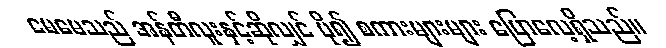
မေမေသည် အန်တီလူးနှင့်ဆိုလျှင် ပို၍ စကားများများ ပြောလေ့ရှိသည်။